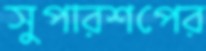
সুপারশপের